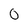
Character: 0